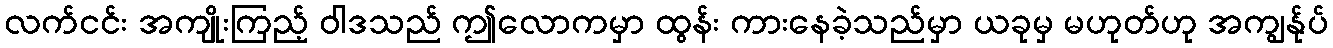
လက်ငင်း အကျိုးကြည့် ဝါဒသည် ဤလောကမှာ ထွန်း ကားနေခဲ့သည်မှာ ယခုမှ မဟုတ်ဟု အကျွန်ုပ်